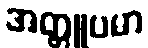
အတ္တူပမာ